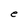
Character: e